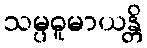
သမ္ပဓူမာယန္တိ